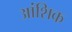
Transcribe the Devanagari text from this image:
अांशिक